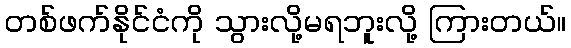
တစ်ဖက်နိုင်ငံကို သွားလို့မရဘူးလို့ ကြားတယ်။